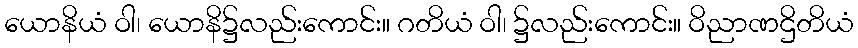
ယောနိယံ ဝါ၊ ယောနိ၌လည်းကောင်း။ ဂတိယံ ဝါ၊ ၌လည်းကောင်း။ ဝိညာဏဌိတိယံ